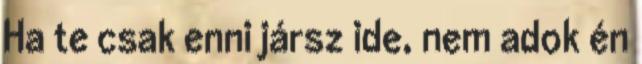
Ha te csak enni jársz ide, nem adok én